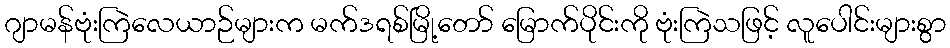
ဂျာမန်ဗုံးကြဲလေယာဉ်များက မက်ဒရစ်မြို့တော် မြောက်ပိုင်းကို ဗုံးကြဲသဖြင့် လူပေါင်းများစွာ